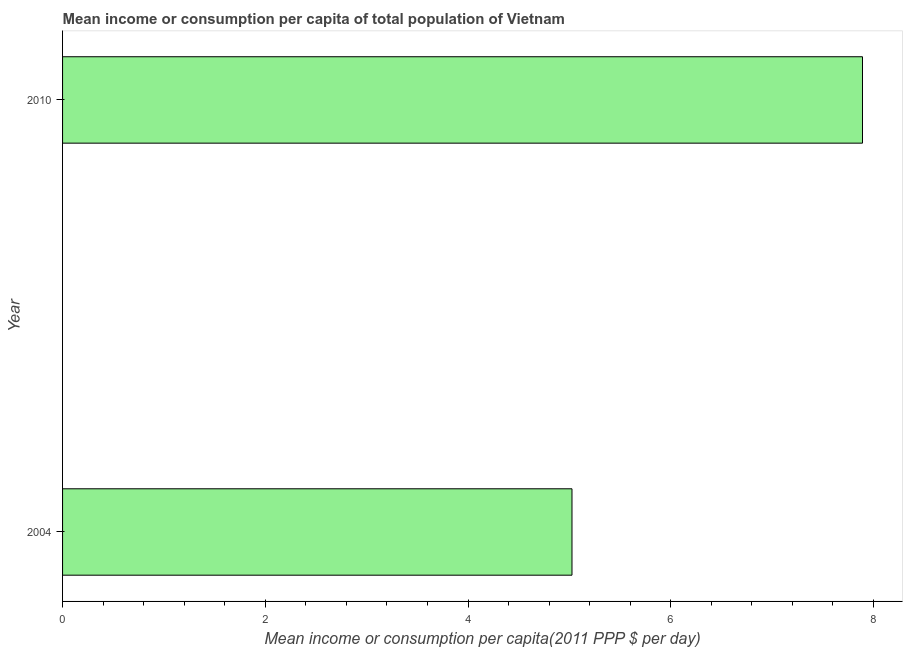
| Year | Total population |
 | --- | --- |
 | 2004 | 5.03 |
 | 2010 | 7.89 |